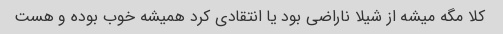
کلا مگه میشه از شیلا ناراضی بود یا انتقادی کرد همیشه خوب بوده و هست